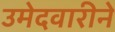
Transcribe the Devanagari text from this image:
उमेदवारीने